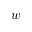
w